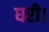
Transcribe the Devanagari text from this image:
घरी।